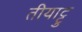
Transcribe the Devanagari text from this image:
तीयाट्टु